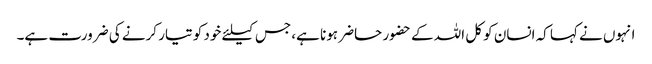
انہوں نے کہا کہ انسان کو کل اللہ کے حضور حاضر ہونا ہے، جس کیلئے خود کو تیار کرنے کی ضرورت ہے۔